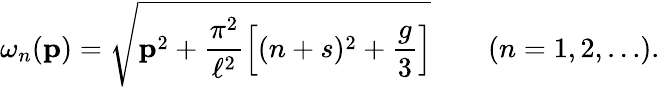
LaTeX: \omega_{n}({\mathbf p})=\sqrt{{\mathbf p}^{2}+\frac{\pi^{2}}{\ell^{2}}\left[(n+s)^{2}+\frac{g}{3}\right]}\qquad(n=1,2,\ldots).